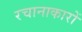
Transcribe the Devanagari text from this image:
रचानाकारों